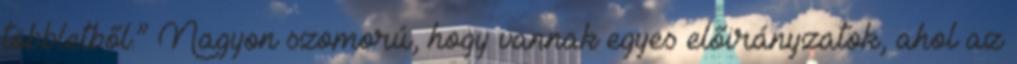
többletből.” Nagyon szomorú, hogy vannak egyes előirányzatok, ahol az